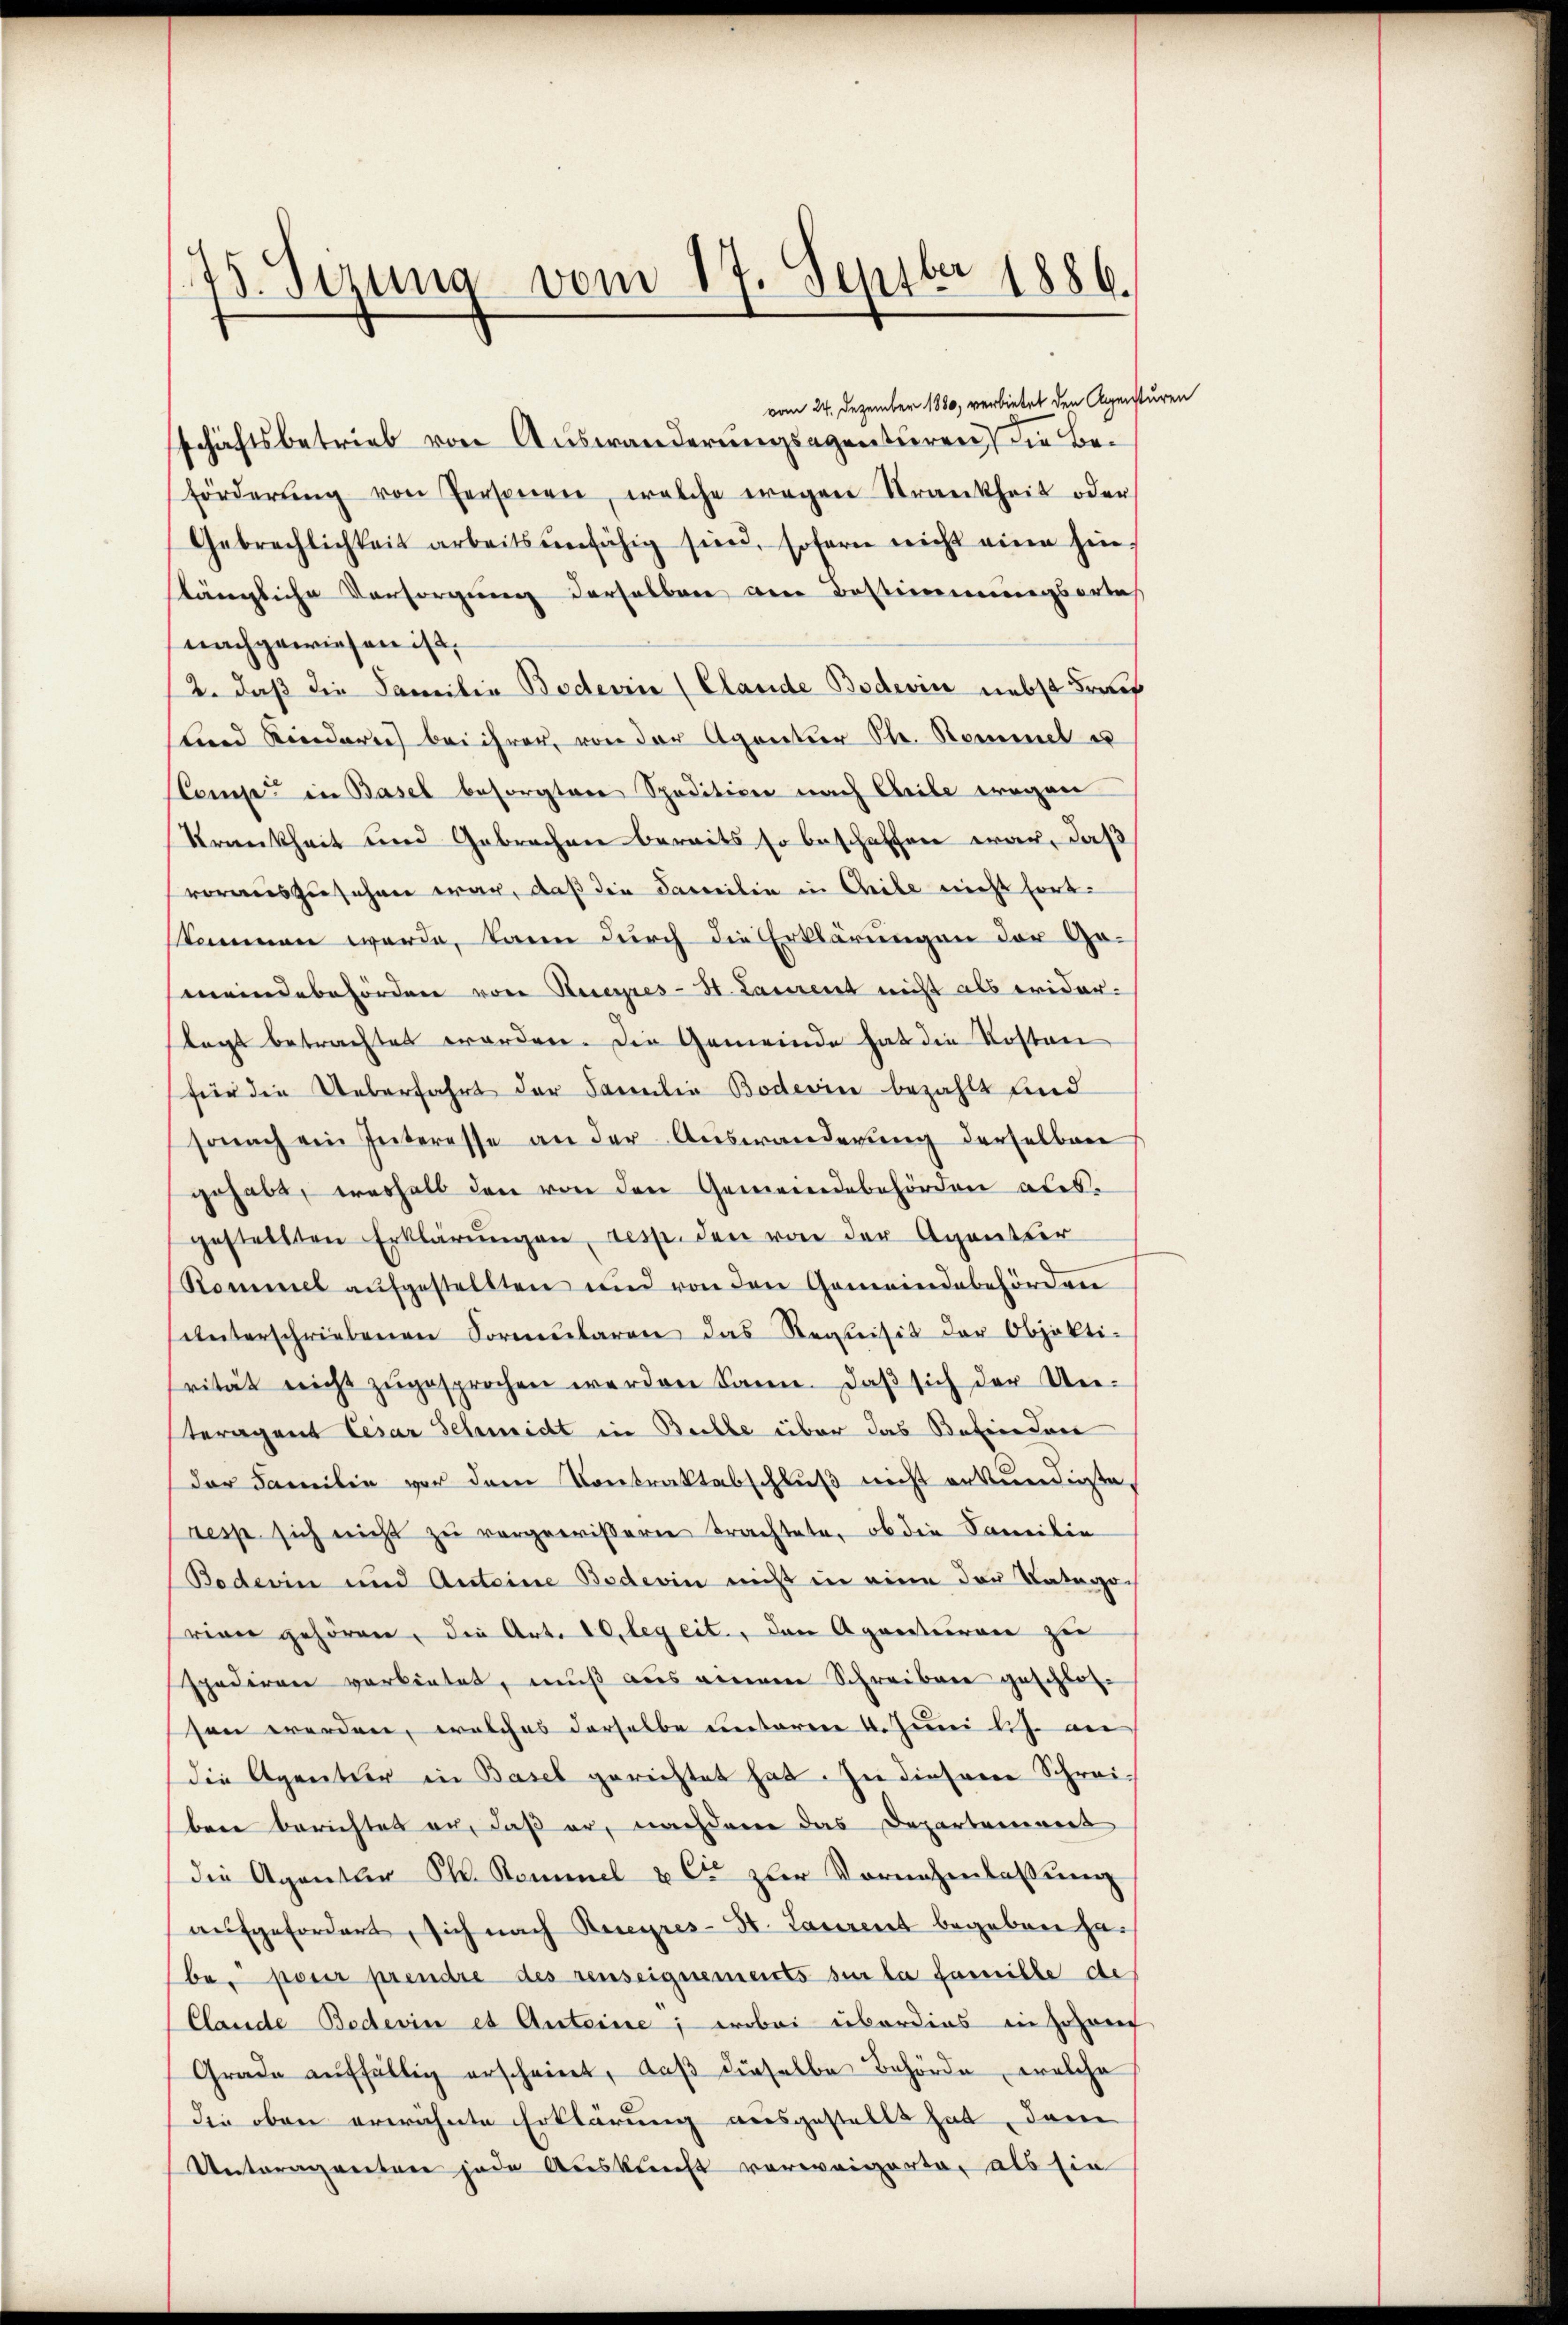
125. Verung vom 17. Septbr 1886.

vom 24. Dezember 1880, verbietet den Agensturen
schäftsbetrieb von Auswanderungsagenturen die Beförderŭng von Personen, welche wegen Trankheit oder
Gebrechlichkeit arbeitsunfähig sien, sofern nicht eine hin,
tängliche Vorsorgung derselben am Bestimmungsortes
nachgewiesen ist,
12. daß die Familie Bodevin (Clande Bodevin nebst Brach
sund Kinderen bei ihrer, von der Agantier Str. Rommel u
Comp. in Basel besorgten Spedition nach Ceile wegen
Krankheit und Gebrachen bereits so beschaffen war, daß
vorauszusehen war, daß die Familie in Chile nicht fortkommen werde, kann durch die Erklärungen der Gomeindebehörden von Keyres-H. Laurent nicht als eider-
tagt betrachtet worden. Die Gemeinde hat die Kosten
für die Ueberfahrt der Familia Bodevin bezahlt und
sonach ein Interesse an der Auswanderung derselben
gehabt, weshalb den von den Gemeindebehörden abergestellten Erklärŭngen resp. den von der Agentser
Rommel aŭfgestellten und von den Gemeindebehörden
ŭnterschriebenen Sormŭlaren das Requisit der Objekti-
rität nicht zŭgesprochen werden kann. daβ sich der Un-
teragent Cesar Schmidt in Belle über das Befinden
der Familie vor dem Kontraktabschluß nicht erkundigte,
resp sich nicht zu vorgewisseren Trachtete, ob die Familie
Boderin und Anteine Boderin nicht in eine der Kategoriner gehören, die Art. 10, legeit., den Agaestieren zu
späderner verbietet, muß aus einem Schreiben geschlossen werden, welches derselbe unterer 4. Juni lich an
die Agentur in Basel gerichtet hat. In diesene Schreibene Berichtes er, daß er, nachdem das Departement
die Agentur P. Kommel & Cie zur Vornehmlassung
aufgefordert, sich nach Beeyres-St. Laurent begeben habe, pour prendre des senseignements sur la famille de
Clande Bedevin es Anteine; wobei überdies in Johann
Grade auffällig erscheinet, daß dieselbe Behörde, welche
die oben erwähnte Erklärung ausgestellt hat, dann
Unteraganten jede Auskunft verweigerte, als sie